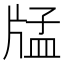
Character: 𤗖